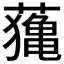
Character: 𦿷